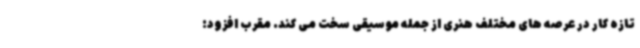
تازه کار در عرصه های مختلف هنری از جمله موسیقی سخت می کند. مقرب افزود: